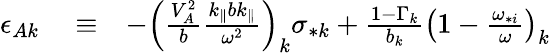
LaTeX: \begin{array}{rlr}{\epsilon_{Ak}}&{{}\equiv}&{-\left(\frac{V_{A}^{2}}{b}\frac{k_{\parallel}bk_{\parallel}}{\omega^{2}}\right)_{k}\sigma_{*k}+\frac{1-\Gamma_{k}}{b_{k}}\left(1-\frac{\omega_{*i}}{\omega}\right)_{k}}\end{array}